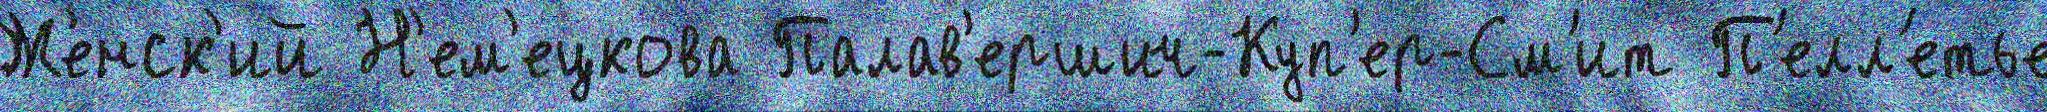
Же́нск'ий Н'ем'ецкова Палав'ершич-Куп'ер-См'ит П'елл'етье